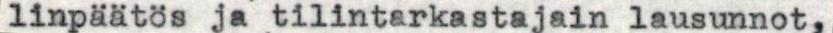
linpäätös ja tilintarkastajain lausunnot,